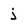
Character: j